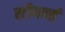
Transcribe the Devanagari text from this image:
स्टीयर्न्स